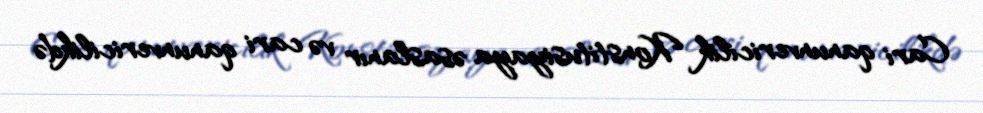
Cari qanunvericilik Konstitusiyaya əsaslanır və cari qanunvericilikdə